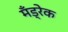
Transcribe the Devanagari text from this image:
मँड्रेक